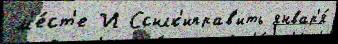
м'е́ст'е И Ссылк'иправ'ить январ'я́